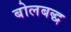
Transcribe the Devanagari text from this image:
बोलबद्ध